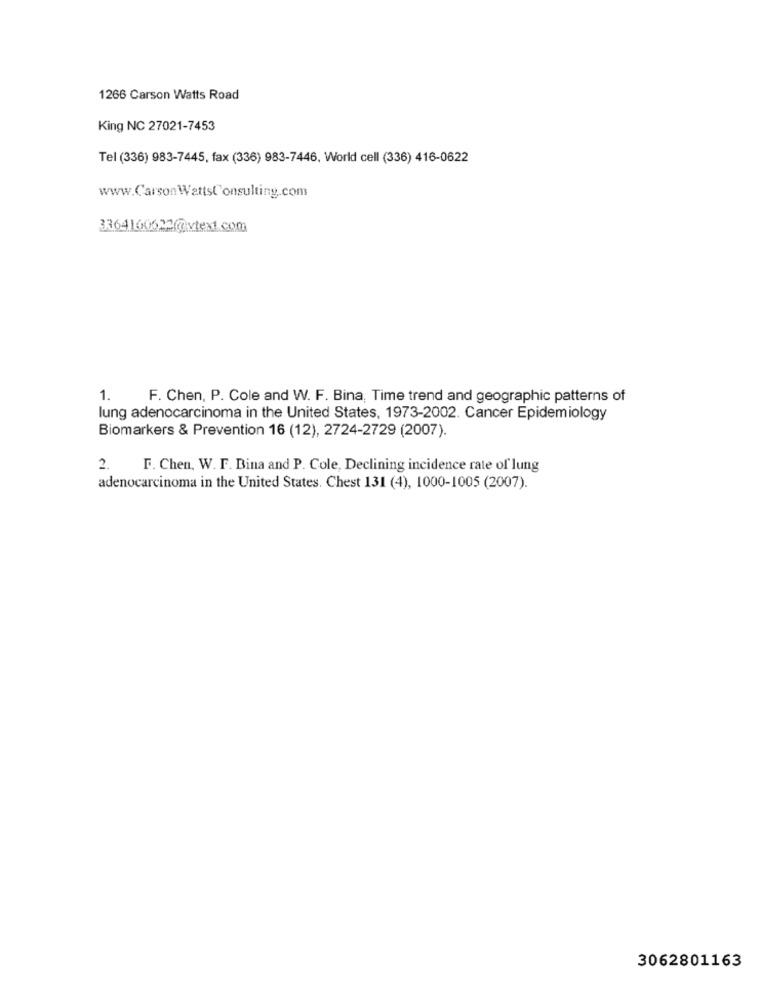
1266 Carson Watts Road
King NC 27021-7453
Tel (336) 983-7445, fax (336) 983-7446, World cell (336) 416-0622
www.CarsonWattsl'onsulting.com
3364160622@vtext.com
1. F. Chen, P. Cole and W. F. Bina, Time trend and geographic patterns of
lung adenocarcinoma in the United States, 1973-2002. Cancer Epidemiology
Biomarkers & Prevention 16 (12), 2724-2729 (2007).
2. F. Chen, W. F. Bina and P. Cole, Declining incidence rate of lung
adenocarcinoma in the United States. Chest 131 (4), 1000-1005 (2007).
3062801163